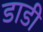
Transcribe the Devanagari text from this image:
डाडी